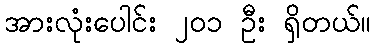
အားလုံးပေါင်း ၂၀၁ ဦး ရှိတယ်။